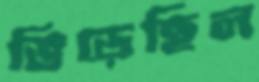
ভিড়েছিল